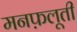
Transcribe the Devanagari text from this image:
मनफ़लूती